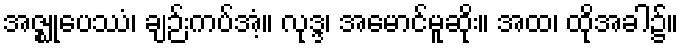
အဇ္ဈုပေဿံ၊ ချဉ်းကပ်အံ့။ လုဒ္ဒ၊ အမောင်မူဆိုး။ အထ၊ ထိုအခါ၌။